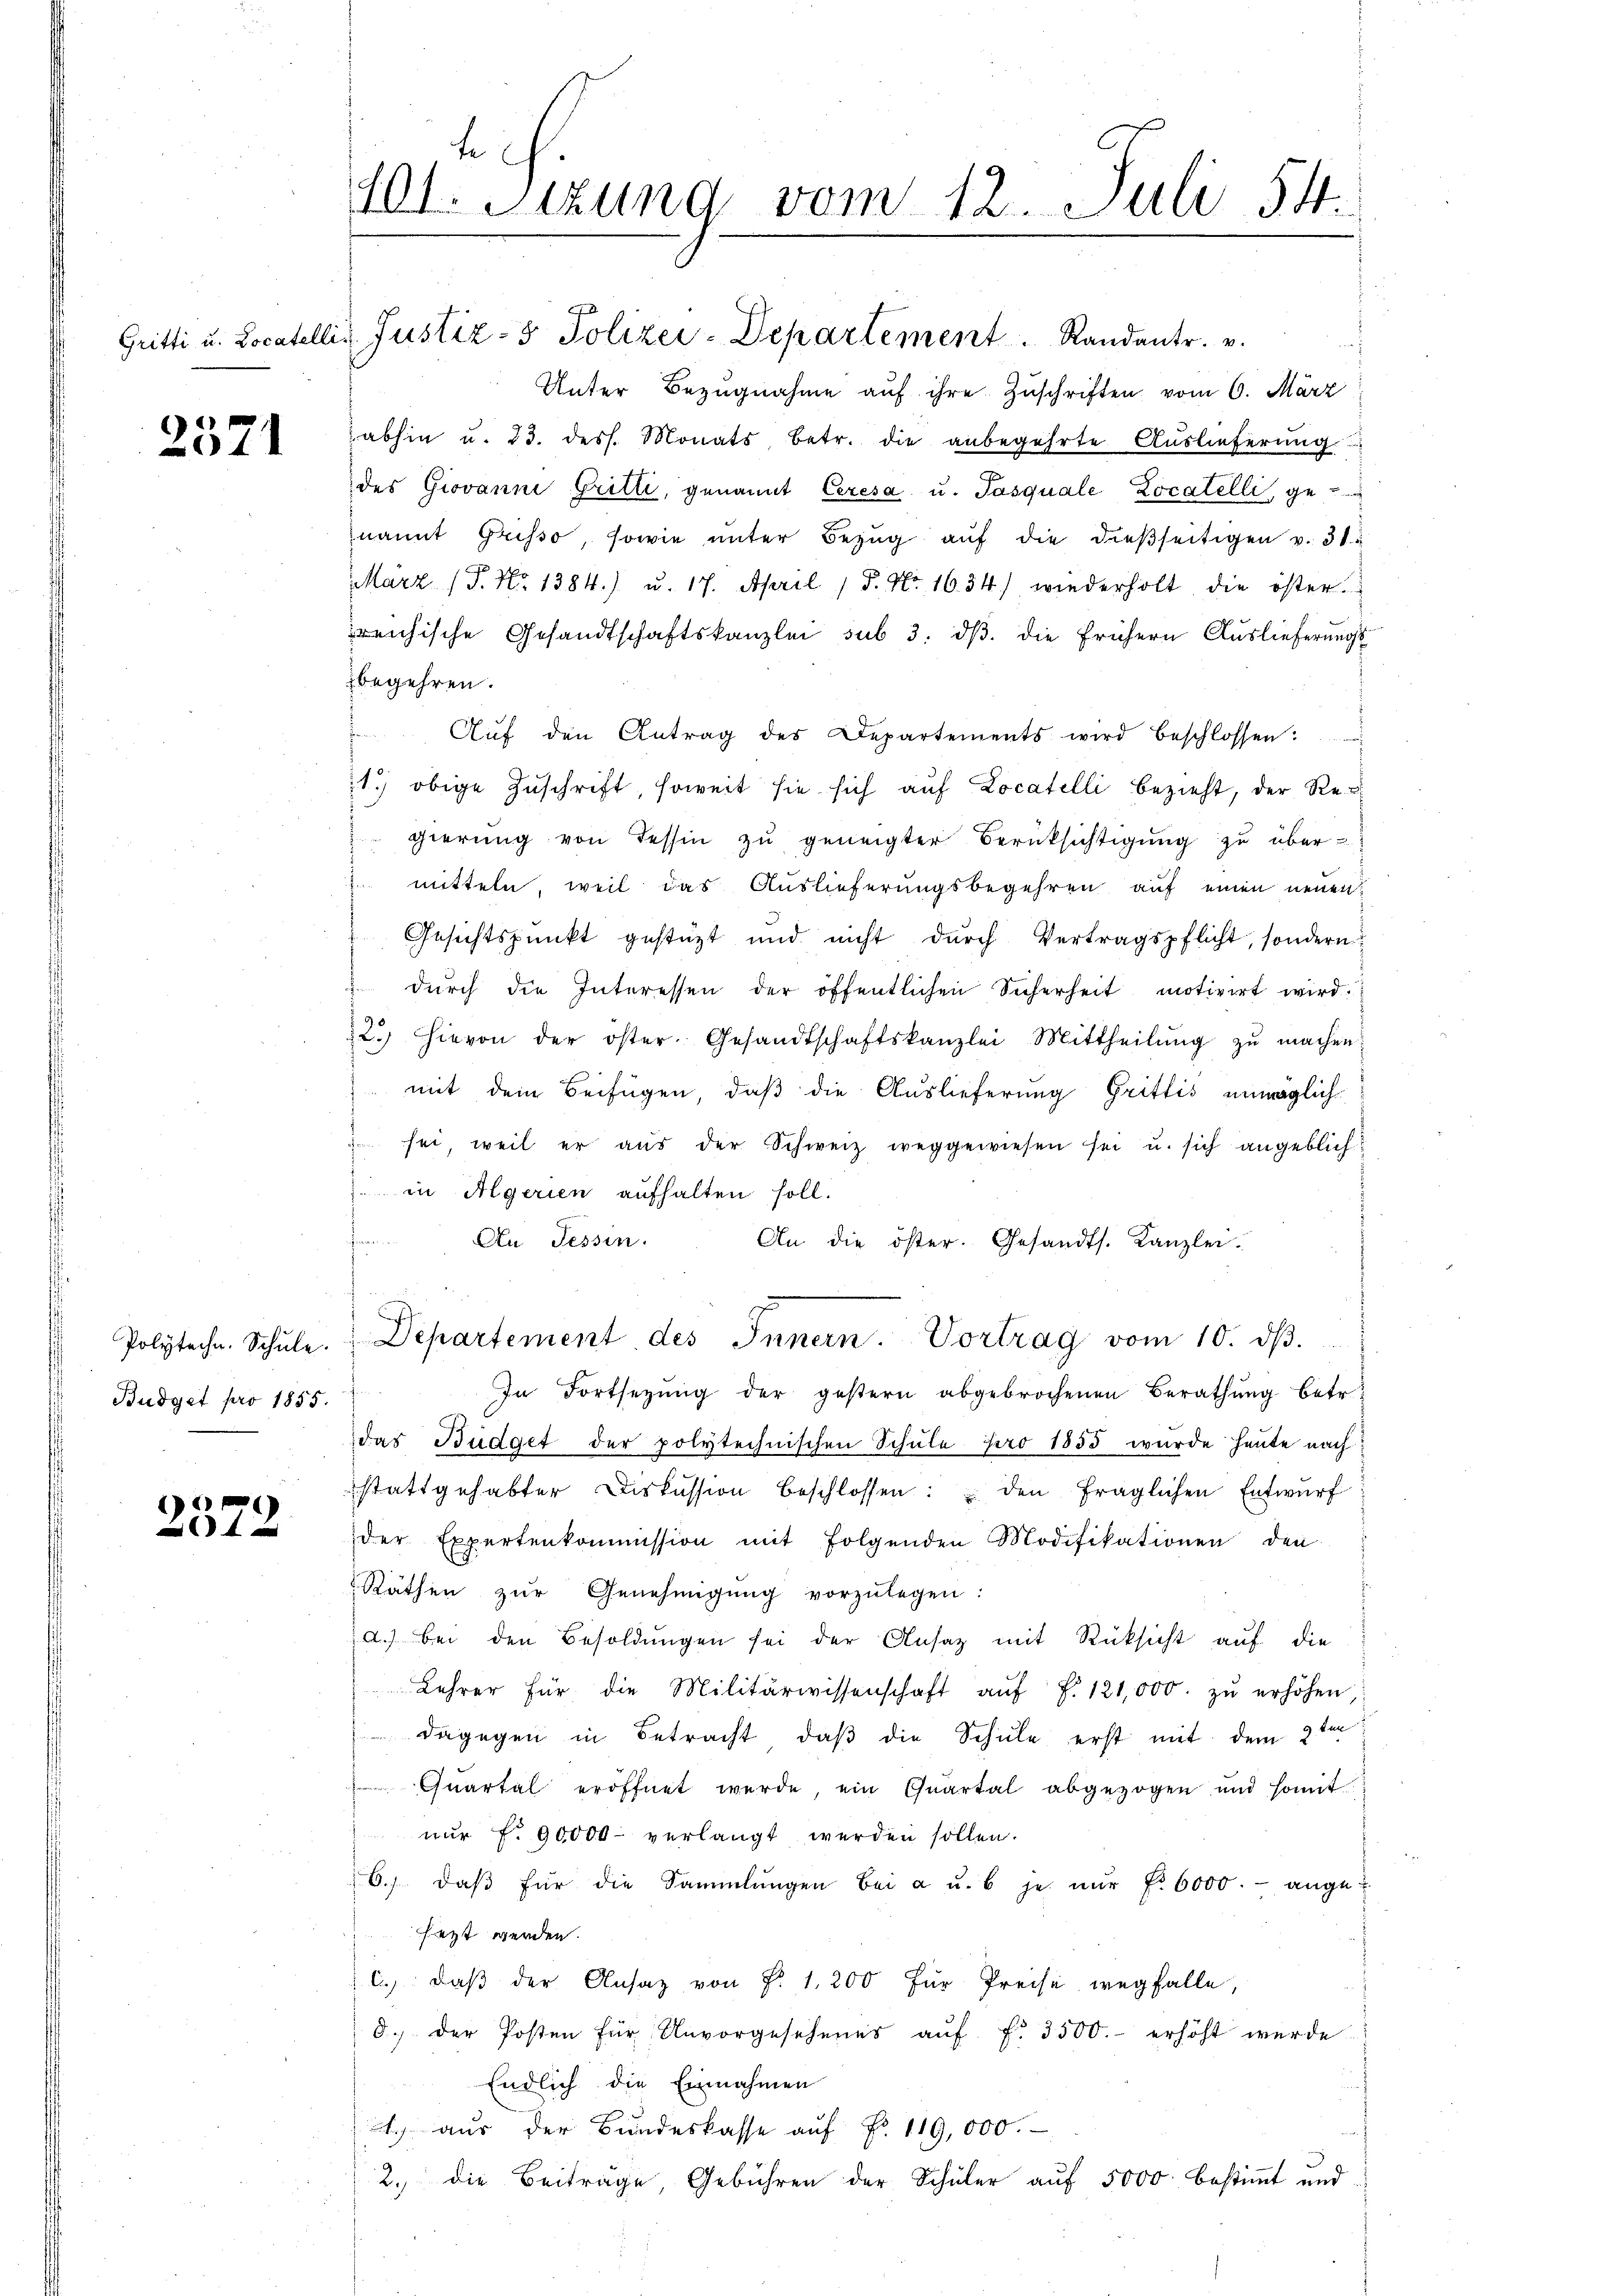
2571

Polytechn. Schule.
Budget pro 1855.

1
 x

tch
401. Sitzung vom 12. Juli 54.

Gritti u. Locatellis Justiz- & Polizei-Departement. Randantr. v.
Unter Bezugnahme auf ihre Zuschriften vom 6. März
abhin u. 23. dess. Monats betr. die anbegehrte Auslieferung
des Giovanne Gritte, genannt Ceresa u. Pasquale Locatelli, ge-
nannt Grisso, sowie unter Bezug auf die dießseitigen v. 31.
März (P. Nr. 1384.) u. 17. April 1 S. Nr. 1634) wiederholt die öster
reichische Gesandtschaftskanzlei sub 3. dβ. die frühern Auslieferŭngs-
begehren.
.
Aŭf den Antrag des Departements wird beschlossen:
1.) obige Zŭschrift, soweit sie sich auf Locatelli bezieht, der Re¬
 gierŭng von Tessin zu geneigter Berüksichtigung zu über¬
 mitteln, weil das Auslieferungsbegehren auf einen neuen
Gesichtspunkt gestüzt und nicht dŭrch Vertragspflicht, sondern
 dŭrch die Interessen der öffentlichen Sicherheit motivirt wird.
2.) Hievon der öster Gesandtschaftskanzlei Mittheilŭng zŭ machen.
mit dem Beifügen, daß die Auslieferung Grittis unmöglich-
sei, weil er aŭs der Schweiz weggewiesen sei u. sich angeblichin Algerien aufhalten soll.
An Tessin. An die öster. Gesandts. Kanzlei-
Departement des Innern. Vortrag vom 10. dβ.
In Fortsetzŭng der gestern abgebrochenen Berathŭng betr.
das Budget der polytechnischen Schule pro 1855 wurde heute nach
stattgehabter Diskussion beschlossen: den fraglichen Entwurf
der Expertenkommission mit folgenden Modifikationen den
Räthen zŭr Genehmigŭng vorzŭlegen:
a.) Bei den Besoldŭngen sei der Ansaz mit Rücksicht auf die
Lehrer für die Militärwissenschaft aŭf f. 121,000. zŭ erhöhen
 dagegen in Betracht, daß die Schule erst mit dem 2ten
Quartal eröffnet werde, ein Quartal abgezogen und somit
nur f. 90000 verlangt werden sollen.
6. daβ für die Sammlungen bei a u. b je nŭr f. 6000.- ange-
fezt werden.
c.) daß der Ansaz von P. 1200 für Preise wegfalle,
8. der Posten für Unvorgesehenes aŭf f. 3500.- erhöht werde
Endlich die Einnahmen
1.) aus der Bundeskasse auf Fr. 119,000.
2. die Beiträge, Gebühren der Schüler auf 5000 bestimmt und